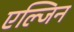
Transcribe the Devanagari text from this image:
एल्जिन